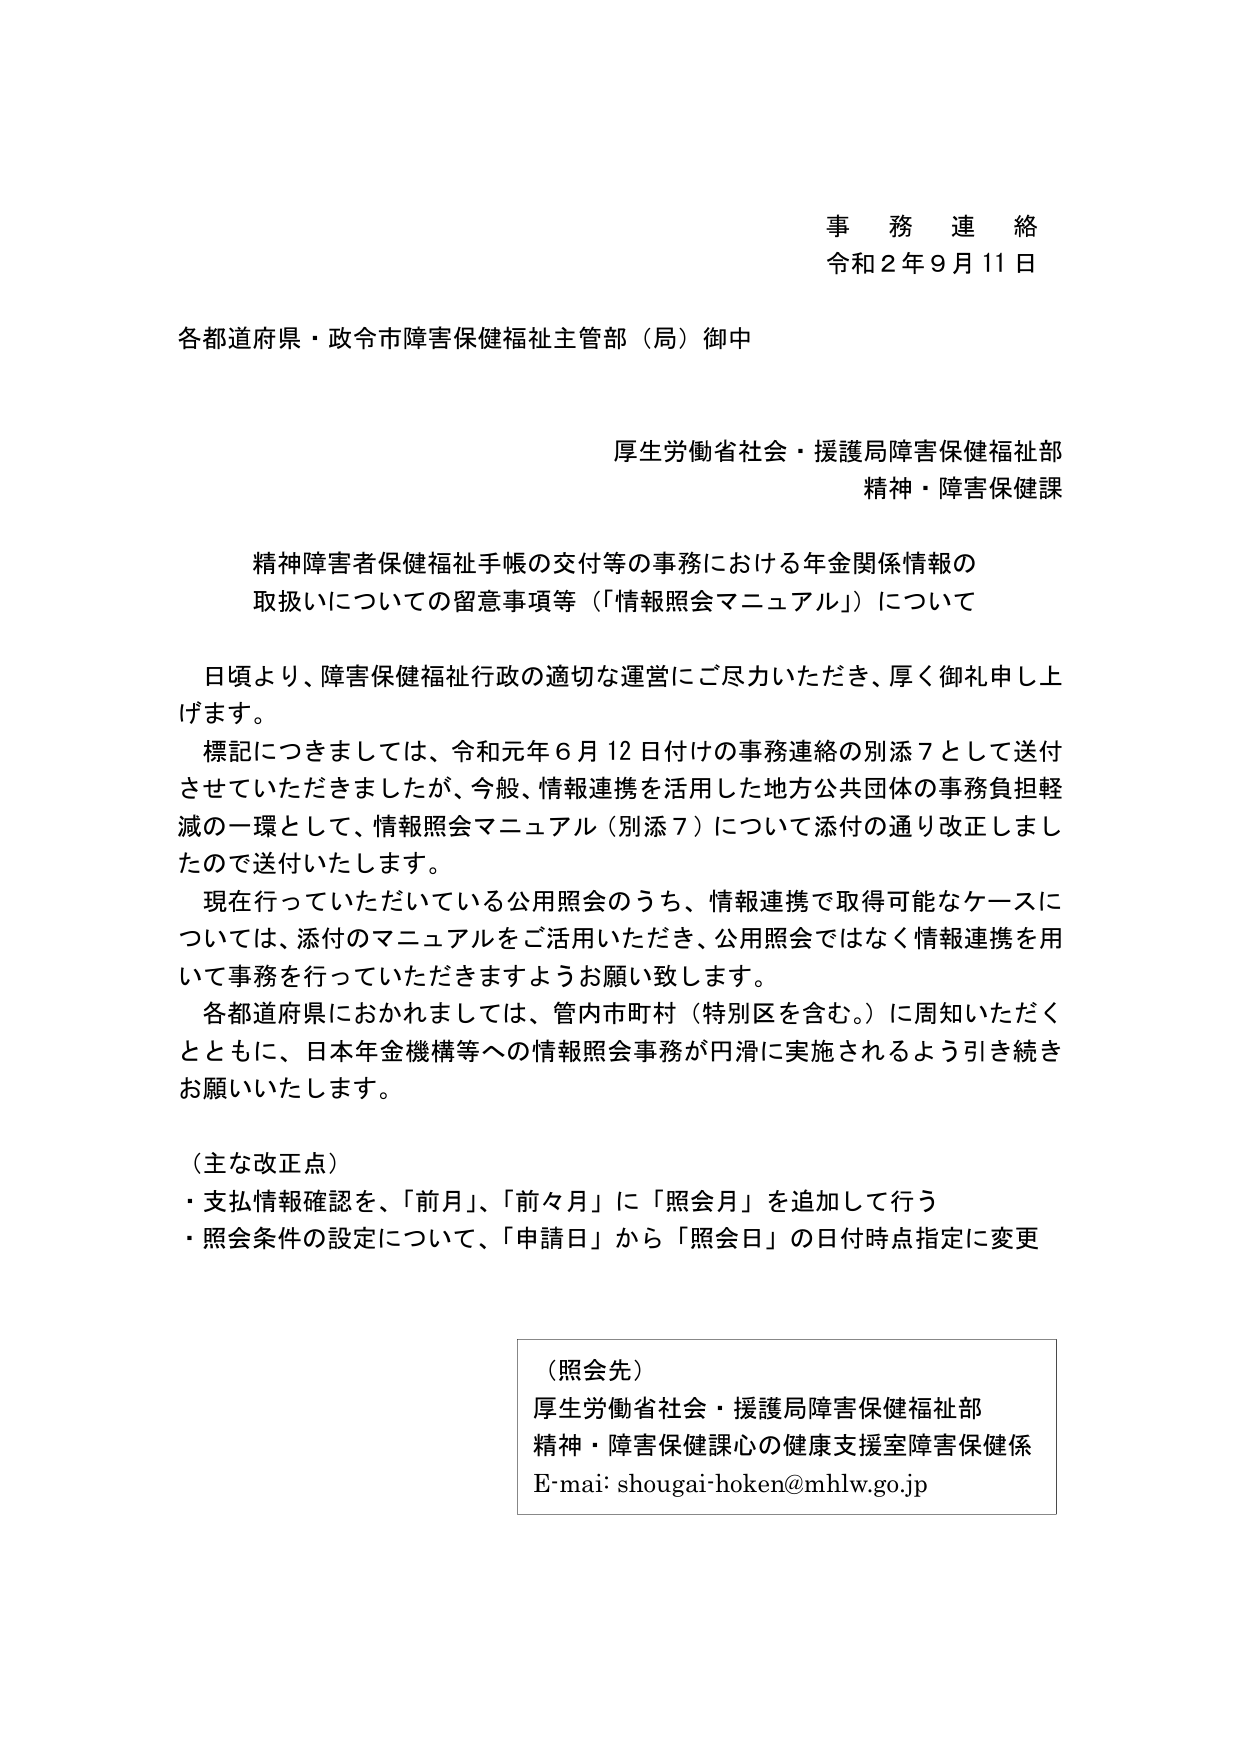
事務連絡
令和２年９月11日

各都道府県・政令市障害保健福祉主管部（局）御中

厚生労働省社会・援護局障害保健福祉部
精神・障害保健課

精神障害者保健福祉手帳の交付等の事務における年金関係情報の
取扱いについての留意事項等（「情報照会マニュアル」）について

日頃より、障害保健福祉行政の適切な運営にご尽力いただき、厚く御礼申し上げます。
標記につきましては、令和元年６月12日付けの事務連絡の別添７として送付させていただきましたが、今般、情報連携を活用した地方公共団体の事務負担軽減の一環として、情報照会マニュアル（別添７）について添付の通り改正しましたので送付いたします。
現在行っていただいている公用照会のうち、情報連携で取得可能なケースについては、添付のマニュアルをご活用いただき、公用照会ではなく情報連携を用いて事務を行っていただきますようお願い致します。
各都道府県におかれましては、管内市町村（特別区を含む。）に周知いただくとともに、日本年金機構等への情報照会事務が円滑に実施されるよう引き続きお願いいたします。

（主な改正点）
・支払情報確認を、「前月」、「前々月」に「照会月」を追加して行う
・照会条件の設定について、「申請日」から「照会日」の日付時点指定に変更

（照会先）
厚生労働省社会・援護局障害保健福祉部
精神・障害保健課心の健康支援室障害保健係
E-mai: shougai-hoken@mhlw.go.jp